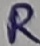
Text: R